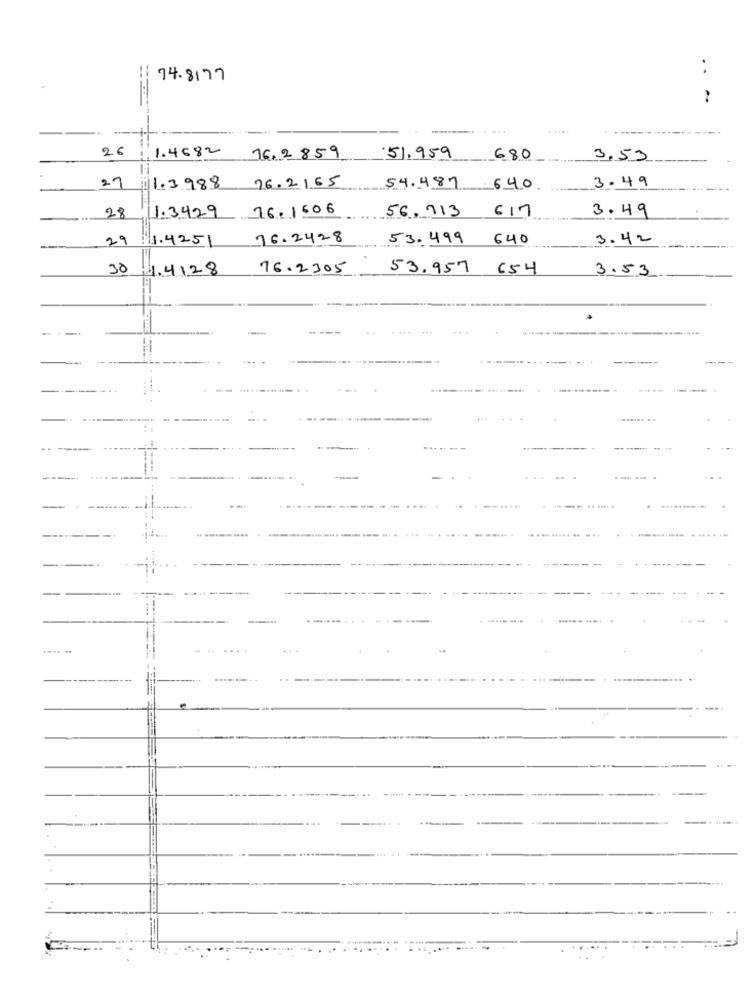
. .
74.8177
26
1.4682
16.2859
51.959
680
3.53
3.49
27
1.3988
26.2165
54.487
640
28
1.3429 76.1606
3.49
56,713 617
29
1.4251
76.2428
53.499 640
3.42
30
1.4128
76.2305
53.957 654
3.53
--
-.....
-